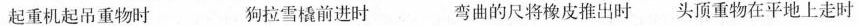
起重机起吊重物时 狗拉雪橇前进时 弯曲的尺将橡皮推出时 头顶重物在平地上走时